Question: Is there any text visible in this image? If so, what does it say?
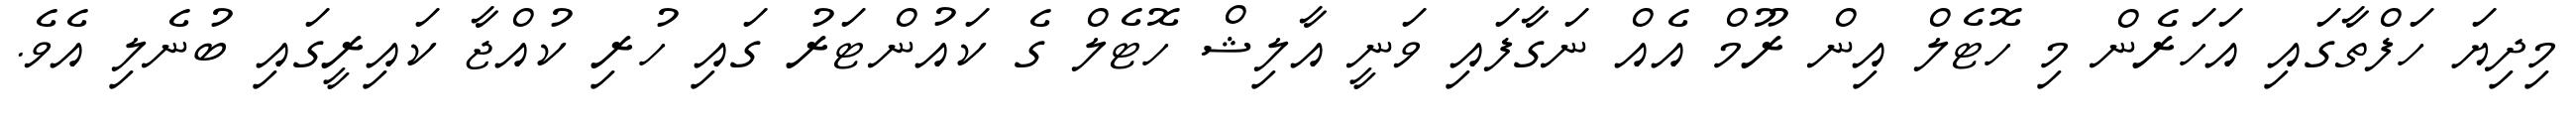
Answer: މިދިޔަ ހަފްތާގައި އަހަރެން މި ހޮޓެލް އިން ރޫމް އެއް ނަގާފައި ވަނީ އާލިޝް ހޮޓެލް ގެ ކައުންޓަރު ގައި ހުރި ކުއްޖާ ކައިރީގައި ބުނެލި އެވެ.